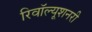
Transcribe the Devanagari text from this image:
रिवॉल्यूशनरी